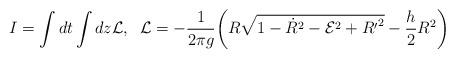
LaTeX: \begin{align*}I=\int dt \int dz {\cal L},\;\; {\cal L}= -\frac{1}{2\pi g}\bigg(R\sqrt{1-{\dot R}^2-{\cal E}^2 + {R^{\prime}}^2} -\frac{h}{2}R^2\bigg)\end{align*}